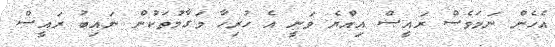
އެހެން ނަމަވެސް ރައީސް އިއްޔެ ވަނީ އެ ހުރިހާ މަގާމުތަކުން ނައިބު ރައީސް